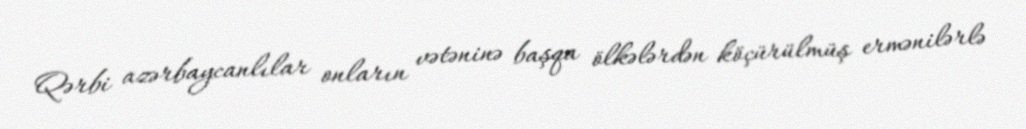
Qərbi azərbaycanlılar onların vətəninə başqa ölkələrdən köçürülmüş ermənilərlə